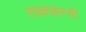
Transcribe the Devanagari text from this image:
तल्लाहस्सी